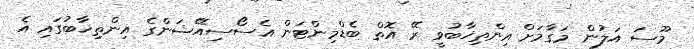
މޫސަ އަލުން މަގާމަށް އިންތިޚާބުވީ ރޭ އޮތް ބެޑްމިންޓަން އެސޯސިއޭޝަންގެ އިންތިޚާބުގައި އެ